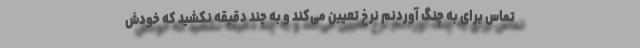
تماس برای به چنگ آوردنم نرخ تعیین می‌کند و به چند دقیقه نکشید که خودش